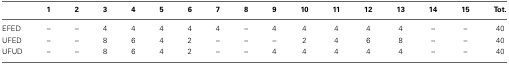
<table><thead><tr><td></td><td><b>1</b></td><td><b>2</b></td><td><b>3</b></td><td><b>4</b></td><td><b>5</b></td><td><b>6</b></td><td><b>7</b></td><td><b>8</b></td><td><b>9</b></td><td><b>10</b></td><td><b>11</b></td><td><b>12</b></td><td><b>13</b></td><td><b>14</b></td><td><b>15</b></td><td><b>Tot.</b></td></tr></thead><tbody><tr><td>EFED</td><td>–</td><td>–</td><td>4</td><td>4</td><td>4</td><td>4</td><td>4</td><td>–</td><td>4</td><td>4</td><td>4</td><td>4</td><td>4</td><td>–</td><td>–</td><td>40</td></tr><tr><td>UFED</td><td>–</td><td>–</td><td>8</td><td>6</td><td>4</td><td>2</td><td>–</td><td>–</td><td>–</td><td>2</td><td>4</td><td>6</td><td>8</td><td>–</td><td>–</td><td>40</td></tr><tr><td>UFUD</td><td>–</td><td>–</td><td>8</td><td>6</td><td>4</td><td>2</td><td>–</td><td>–</td><td>4</td><td>4</td><td>4</td><td>4</td><td>4</td><td>–</td><td>–</td><td>40</td></tr></tbody></table>